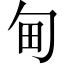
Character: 甸